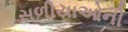
સળીયાઓની